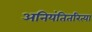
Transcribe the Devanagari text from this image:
अनियंतितरित्या